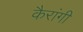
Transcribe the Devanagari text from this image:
कैरांगी